Report on lock hospitals in British Burma
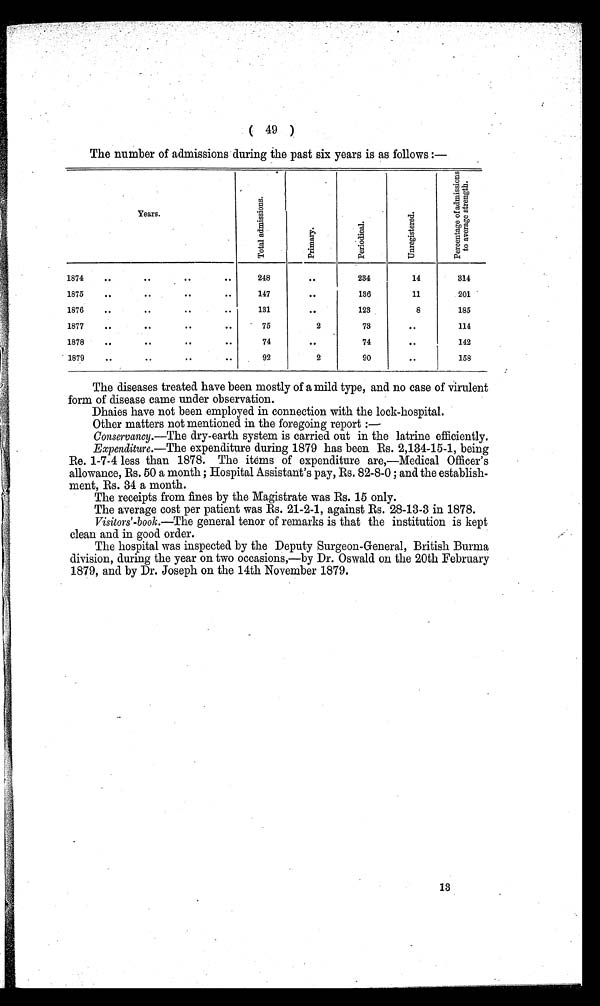
( 49 )
The number of admissions during the past six years is as follows :—
Years.
T o t a l a d m i s s i o n s .
.
Pr i mar y.
.
P e r i o d i c a l .
U n r e g i s t e r e d .
P e r c e n t a g e o f a d m i s s i o n s t o a v e r a g e s t r e n g t h .
1874
..
..
..
..
248
..
234
14
314
1875
..
. .
..
..
147
..
136
11
2 0 1
1876
..
..
..
..
131
..
123
8
185
1877
..
..
..
75
2
73
..
114
1878
..
. .
. .
..
74
..
74
..
142
1879
. .
..
..
..
92
2
90
..
158
The diseases treated have been mostly of a mild type, and no case of virulent
form of disease came under observation.
Dhaies have not been employed in connection with the lock-hospital.
Other matters not mentioned in the foregoing report :—
Conservancy.—The dry-earth system is carried out in the latrine efficiently.
Expenditure.—The expenditure during 1879 has been Rs. 2,134-15-1, being
Re. 1-7-4 less than 1878. The items of expenditure are,—Medical Officer's
allowance, Rs. 50 a month ; Hospital Assistant's pay, Rs. 82-8-0 ; and the establish-
ment, Rs. 34 a month.
The receipts from fines by the Magistrate was Rs. 15 only.
The average cost per patient was Rs. 21-2-1, against Rs. 28-13-3 in 1878.
Visitors'-book.—The general tenor of remarks is that the institution is kept
clean and in good order.
The hospital was inspected by the Deputy Surgeon-General, British Burma
division, during the year on two occasions,—by Dr. Oswald on the 20th February
1879, and by Dr. Joseph on the 14th November 1879.